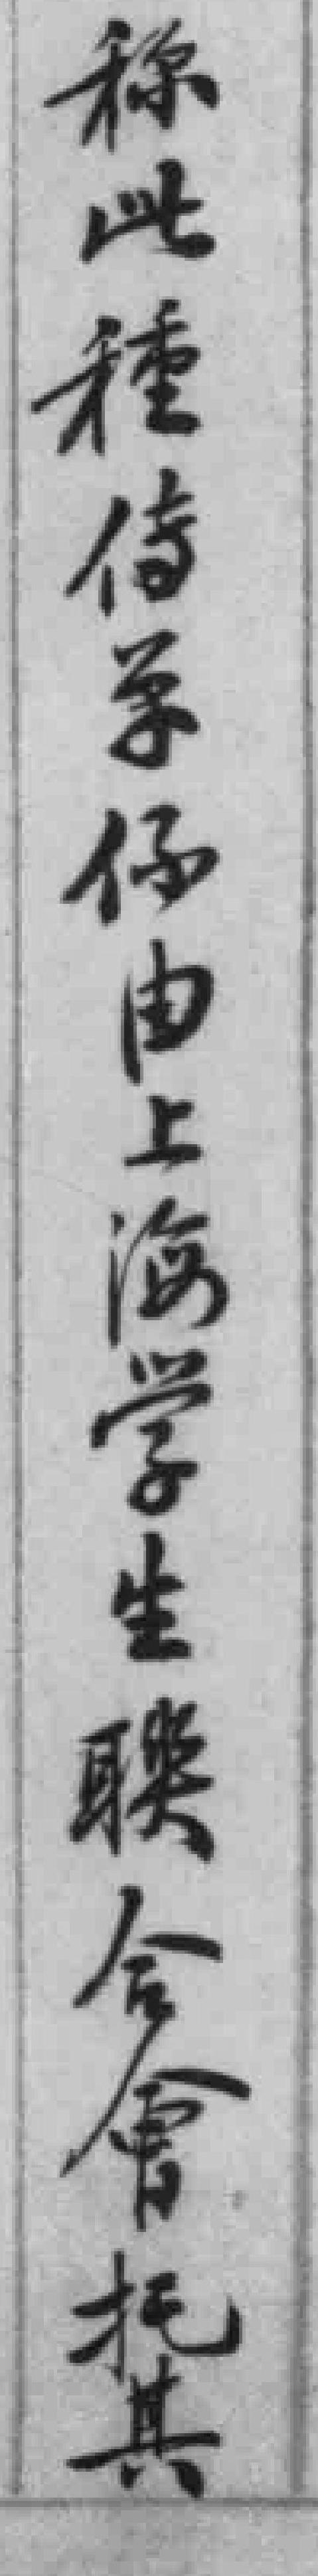
称此種传单係由上海学生聯合會托其